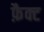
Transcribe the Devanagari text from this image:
फ़ैक्ट